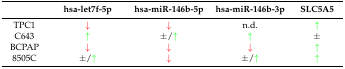
|  | hsa-let7f-5p | hsa-miR-146b-5p | hsa-miR-146b-3p | SLC5A5 |
 | --- | --- | --- | --- | --- |
 | TPC1 | ↓ | ↓ | n.d. | ↑ |
 | C643 | ↑ | ±/↑ | ↑ | ± |
 | BCPAP | ↓ | ↓ | ↓ | ↑ |
 | 8505C | ±/↑ | ↓ | ±/↑ | ↑ |